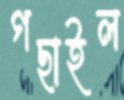
গছাইল